Memorandum on the prevention of leprosy by segregation of the affected
Disease focus: Leprosy
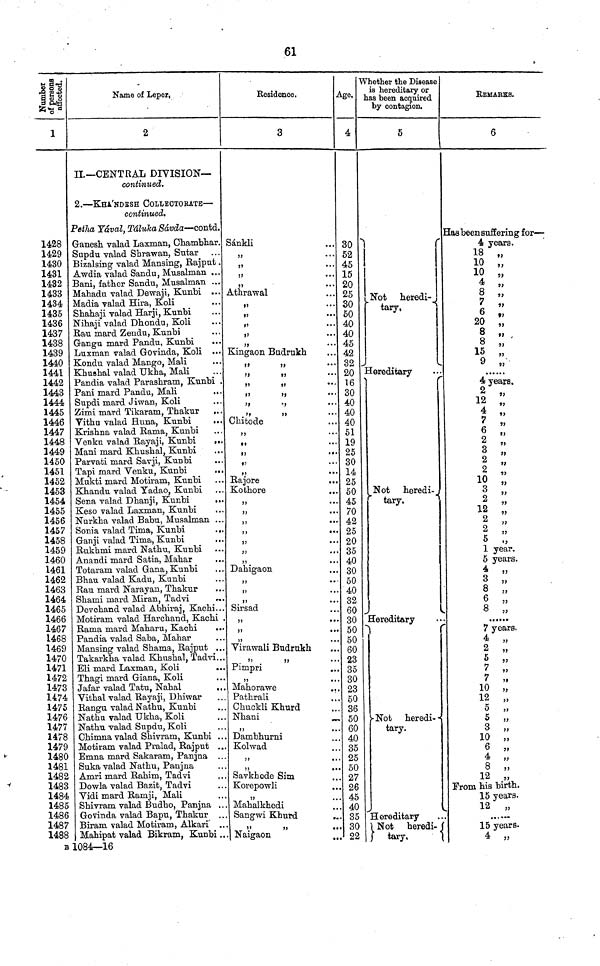
61
1
1428
1429
1430
1431
1432
1433
1434
1435
1436
1437
1438
1439
1440
1441
1442
1443
1444
1445
1446
1447
1448
1449
1450
1451
1452
1453
1454
1455
1456
1457
1458
1459
1460
1461
1462
1463
1464
1465
1466
1467
1468
1469
1470
1471
1472
1473
1474
1475
1476
1477
1478
1479
1480
1481
1482
1483
1484
1485
1486
1487
Name of Leper.
2
II.—CENTRAL DIVISION—
continued.
2. — KHA'NDESH COLLEOTORATE —
continued.
Petha Yával, Táluka Sávda — contd.
Ganesh valad Laxman, Chambhar.
Supdu valad Shrawan, Sutar
Bizalsing valad Mansing, Rajput
Awdia valad Sandu, Musalman
Bani, father Sandu, Musalman
Mahadu valad Dewaji, Kunbi
Madia valad Hira, Koli
Shahaji valad Harji, Kunbi
Nihaji valad Dhondu, Koli
Rau mard Zendu, Kunbi
Gangu mard Pandu, Kunbi
Luxman valad Govinda, Koli
Kondu valad Mango, Mali
.
Khushal valad Ukha, Mali
Pandia valad Parashram, Kunbi ,
Pani mard Pandu, Mali
Supdi mard Jiwan, Koli
Zimi mard Tikaram, Thakur
Vithu valad Huna, Kunbi
Krishna valad Rama, Kunbi
Venku valad Rayaji, Kunbi
Mani mard Khushal, Kunbi
Parvati mard Savji, Kunbi
Tapi mard Venku, Kunbi
Mukti mard Motiram, Kunbi
Khandu valad Yadao, Kunbi
Sena valad Dhanji, Kunbi
Keso valad Laxman, Kunbi
Nurkha valad Babu, Musalman
Sonia valad Tima, Kunbi
Ganji valad Tima, Kunbi
Rukhmi mard Nathu, Kunbi
Anandi mard Satia, Mahar
Totaram valad Gana, Kunbi
Bhau valad Kadu, Kunbi
Rau mard Narayan, Thakur
Shami mard Miran, Tadvi
Devchand valad Abhiraj, Kachi
Motiram valad Harchand, Kachi
Rama mard Maharu, Kachi
Pandia valad Saba, Mahar
Mansing valad Shama, Rajput
Takarkha valad Khushal, Tadvi
Eli mard Laxman, Koli
Thagi mard Giana, Koli
Jafar valad Tatu, Nahal
Vithal valad Rayaji, Dhiwar
Rangu valad Nathu, Kunbi
Nathu valad Ukha, Koli
Nathu valad Supdu, Koli
Chimna valad Shivram, Kunbi
Motiram valad Pralad, Rajput
Emna mard Sakaram, Panjna
Suka valad Nathu, Panjna
Amri mard Rahim, Tadvi
Dowla valad Bazit, Tadvi
Vidi mard Ramji, Mali
Shivram valad Budho, Panjna
Govinda valad Bapu, Thakur
Biram valad Motiram, Alkari'
Mahipat valad Bikram, Kunbi
Residence .
3
Sánkli
"
"
"
"
Athrawal
Kingaon Budrukh
"
"
"
"
"
"
"
"
"
"
"
"
Chitode
"
"
"
"
"
Rajore
Kothore
"
"
"
"
" "
"
"
Dahigaon
"
"
"
Sirsad
"
"
...
"
...
Virawali Budrukh
"
"
...
Pimpri
"
...
Mahorawe
...
Pathrali
.„
Chuckli Khurd
Nhani
"
...
Dambhurni
Kolwad
"
"
Savkhede Sim
Korepowli
Mahalkhedi
Sangwi Khurd
"
Naigaon
Age.
4
30
52
45
15
20
25
30
50
40
40
45
42
32
20
16
30
40
40
40
51
19
25
30
14
25
50
45
70
42
25
20
35
40
30
50
40
32
60
30
50
50
60
23
35
30
23
50
36
50
60
40
35
25
50
27
26
45
40
Whether the Disease
is hereditary or
has been acquired
by contagion.
5
Not heredi-
tary.
Hereditary
Not heredi-
tary.
Hereditary
Not
heredi--
tary.
Hereditary
Not heredi-
tary.
REMARKS.
6
Has been suffering for —
4 years.
18
10
10
4
6
20
8
8
15 „
9
4 years.
2 .
12
4
7 "
6
'
2 '
3 '
2
'
2 "
10
3
2
12 '
2 "
2 "
5
5 years.
4 „
7 years.
4
5
7
7
10
5
5
3
10
4
From his birth.
15 years.
12
15 years.
4
B 1084—16